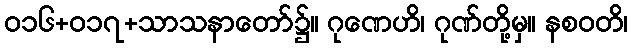
ဝ၁၆+၀၁၇+သာသနာတော်၌။ ဂုဏေဟိ၊ ဂုဏ်တို့မှ။ နစဝတိ၊